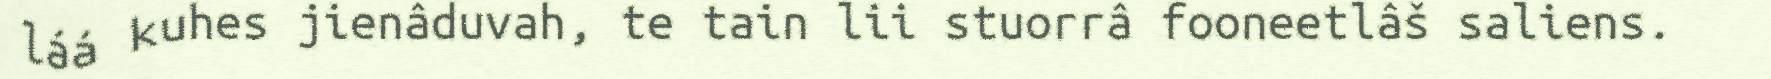
láá kuhes jienâduvah, te tain lii stuorrâ fooneetlâš saliens.